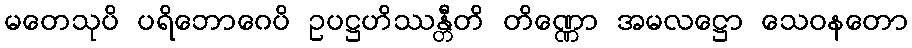
မတေသုပိ ပရိဘောဂေပိ ဥပဋ္ဌဟိဿန္တီတိ တိဏ္ဏော အမလဋ္ဌော သေဝနတော